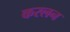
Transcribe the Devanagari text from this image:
करलन